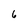
Character: 6